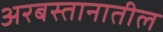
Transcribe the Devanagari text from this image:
अरबस्तानातील